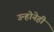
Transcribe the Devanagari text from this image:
उन्होनेही